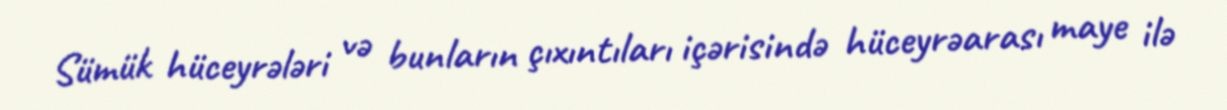
Sümük hüceyrələri və bunların çıxıntıları içərisində hüceyrəarası maye ilə